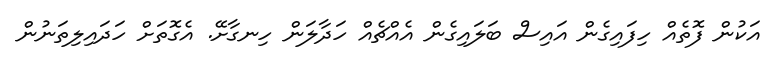
އަކުން ފޮތެއް ހިފައިގެން އައިސް ބަލައިގެން އެއްޗެއް ހަދާލަން ހިނގާށޭ. އެގޮތަށް ހަދައިލިތަނުން